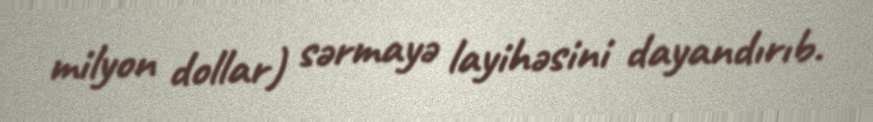
milyon dollar) sərmayə layihəsini dayandırıb.